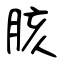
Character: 胲